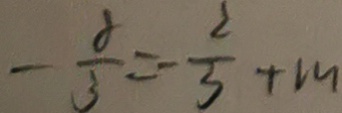
- \frac { 8 } { 3 } = - \frac { 2 } { 3 } + m